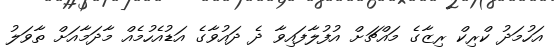
އަހުމަދު ކްރިކް ރިޒާގެ މައްޗަށް އުފުލާފައިވާ ދެ ދައުވާގެ އަޑުއެހުމެއް މާދަމާއަށް ތާވަލު